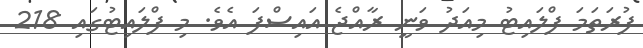
ފުރަތަމަ ފްލައިޓު މިއަދު ވަނީ ރާއްޖެ އައިސްފަ އެވެ. މި ފްލައިޓުގައި 218